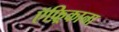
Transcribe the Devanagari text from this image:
ऍफ़्रिकाना